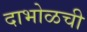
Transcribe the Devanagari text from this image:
दाभोळची